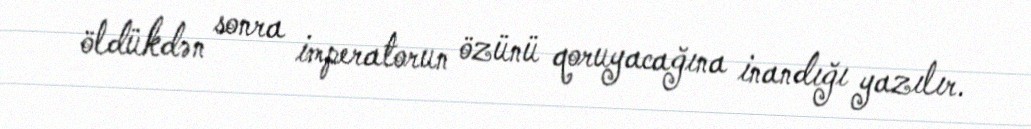
öldükdən sonra imperatorun özünü qoruyacağına inandığı yazılır.